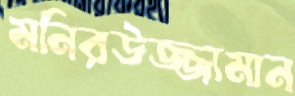
মনিরউজ্জামান